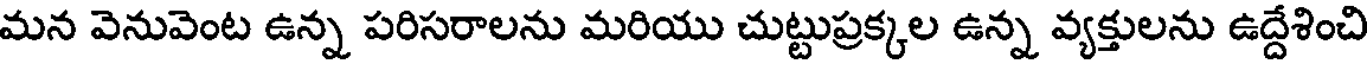
మన వెనువెంట ఉన్న పరిసరాలను మరియు చుట్టుప్రక్కల ఉన్న వ్యక్తులను ఉద్దేశించి